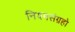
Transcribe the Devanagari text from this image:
नियमसंग्रहो